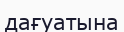
дағуатына